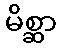
မိစ္ဆာ